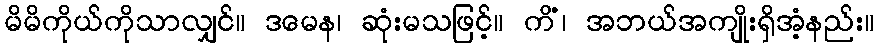
မိမိကိုယ်ကိုသာလျှင်။ ဒမေန၊ ဆုံးမသဖြင့်။ ကိံ၊ အဘယ်အကျိုးရှိအံ့နည်း။